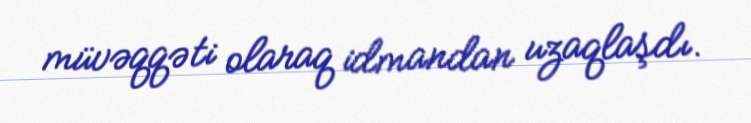
müvəqqəti olaraq idmandan uzaqlaşdı.